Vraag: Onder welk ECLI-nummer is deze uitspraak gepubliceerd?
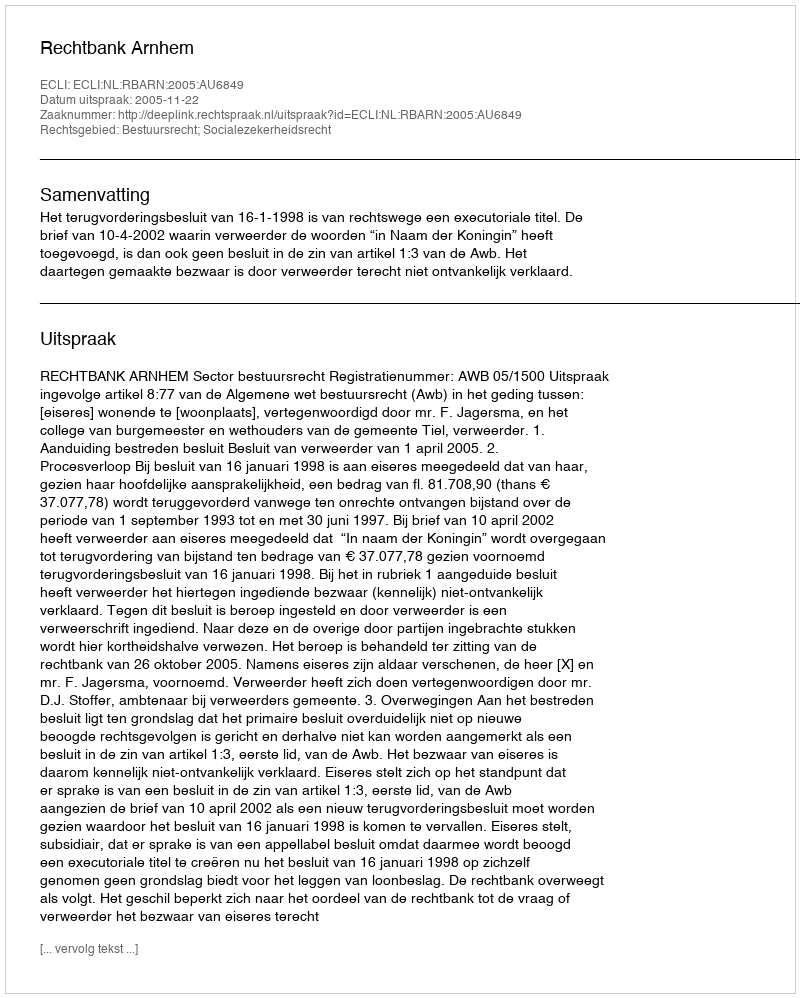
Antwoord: ECLI:NL:RBARN:2005:AU6849